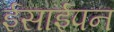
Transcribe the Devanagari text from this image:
ईसाईपन